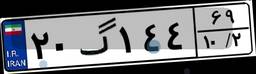
۲۰گ۱۴۴۶۹